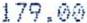
179.00